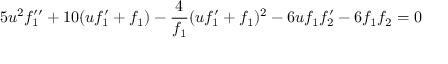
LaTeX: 5 u ^ { 2 } f _ { 1 } ^ { \prime \prime } + 1 0 ( u f _ { 1 } ^ { \prime } + f _ { 1 } ) - \frac { 4 } { f _ { 1 } } ( u f _ { 1 } ^ { \prime } + f _ { 1 } ) ^ { 2 } - 6 u f _ { 1 } f _ { 2 } ^ { \prime } - 6 f _ { 1 } f _ { 2 } = 0